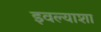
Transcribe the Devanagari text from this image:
इवल्याशा